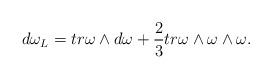
LaTeX: \begin{align*}d\omega_L = tr \omega \wedge d\omega +\frac{2}{3} tr \omega\wedge \omega \wedge \omega .\end{align*}